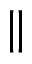
\parallel